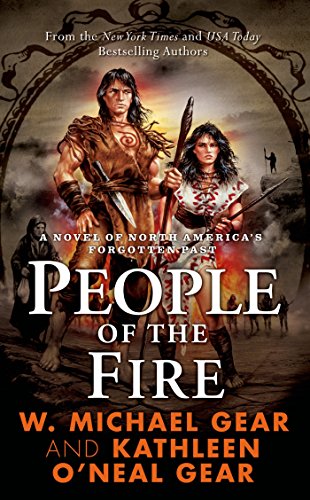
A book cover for People of the Fire (The First North Americans series, Book 2); Kathleen O'Neal Gear; Literature & Fiction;